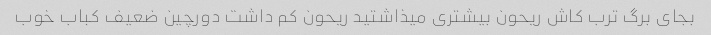
بجای برگ ترب کاش ریحون بیشتری میذاشتید ریحون کم داشت دورچین ضعیف کباب خوب